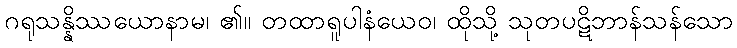
ဂရုသန္နိဿယောနာမ၊ ၏။ တထာရူပါနံယေဝ၊ ထိုသို့ သုတပဋိဘာန်သန်သော